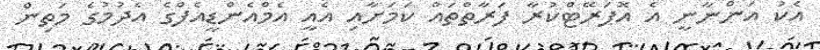
އެކު އަންނާނީ އެ އޮޕަރޭޓްކުރާ ފަރާތްތައް ކަމަށާއި އެއީ އެމްއެންޑީއެފްގެ އެދުމުގެ މަތިން